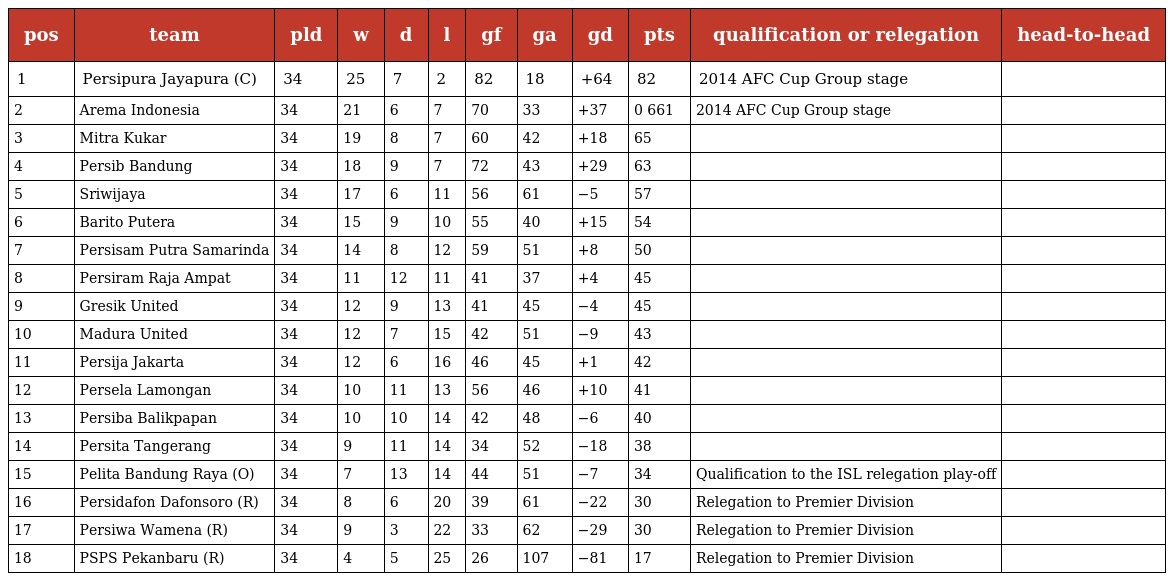
| pos | team | pld | w | d | l | gf | ga | gd | pts | qualification or relegation | head-to-head |
 | --- | --- | --- | --- | --- | --- | --- | --- | --- | --- | --- | --- |
 | 1 | Persipura Jayapura (C) | 34 | 25 | 7 | 2 | 82 | 18 | +64 | 82 | 2014 AFC Cup Group stage |  |
 | 2 | Arema Indonesia | 34 | 21 | 6 | 7 | 70 | 33 | +37 | 0 661 | 2014 AFC Cup Group stage |  |
 | 3 | Mitra Kukar | 34 | 19 | 8 | 7 | 60 | 42 | +18 | 65 |  |  |
 | 4 | Persib Bandung | 34 | 18 | 9 | 7 | 72 | 43 | +29 | 63 |  |  |
 | 5 | Sriwijaya | 34 | 17 | 6 | 11 | 56 | 61 | −5 | 57 |  |  |
 | 6 | Barito Putera | 34 | 15 | 9 | 10 | 55 | 40 | +15 | 54 |  |  |
 | 7 | Persisam Putra Samarinda | 34 | 14 | 8 | 12 | 59 | 51 | +8 | 50 |  |  |
 | 8 | Persiram Raja Ampat | 34 | 11 | 12 | 11 | 41 | 37 | +4 | 45 |  |  |
 | 9 | Gresik United | 34 | 12 | 9 | 13 | 41 | 45 | −4 | 45 |  |  |
 | 10 | Madura United | 34 | 12 | 7 | 15 | 42 | 51 | −9 | 43 |  |  |
 | 11 | Persija Jakarta | 34 | 12 | 6 | 16 | 46 | 45 | +1 | 42 |  |  |
 | 12 | Persela Lamongan | 34 | 10 | 11 | 13 | 56 | 46 | +10 | 41 |  |  |
 | 13 | Persiba Balikpapan | 34 | 10 | 10 | 14 | 42 | 48 | −6 | 40 |  |  |
 | 14 | Persita Tangerang | 34 | 9 | 11 | 14 | 34 | 52 | −18 | 38 |  |  |
 | 15 | Pelita Bandung Raya (O) | 34 | 7 | 13 | 14 | 44 | 51 | −7 | 34 | Qualification to the ISL relegation play-off |  |
 | 16 | Persidafon Dafonsoro (R) | 34 | 8 | 6 | 20 | 39 | 61 | −22 | 30 | Relegation to Premier Division |  |
 | 17 | Persiwa Wamena (R) | 34 | 9 | 3 | 22 | 33 | 62 | −29 | 30 | Relegation to Premier Division |  |
 | 18 | PSPS Pekanbaru (R) | 34 | 4 | 5 | 25 | 26 | 107 | −81 | 17 | Relegation to Premier Division |  |